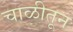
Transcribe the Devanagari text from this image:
चाळीतून